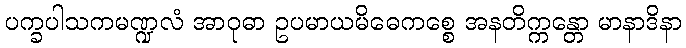
ပက္ခပါသကမဏ္ဍလံ အာဝုဓာ ဥပမာယမိဓေကစ္စေ အနတိက္ကန္တော မာနာဒိနာ